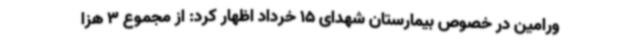
ورامین در خصوص بیمارستان شهدای 15 خرداد اظهار کرد: از مجموع 3 هزا